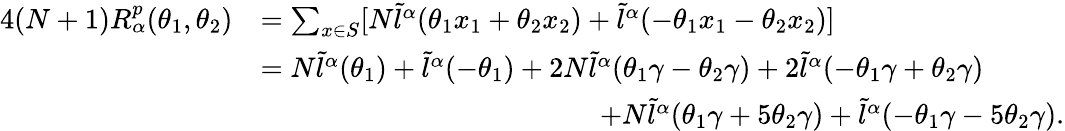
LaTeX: \begin{array}{rl}{4(N+1)R_{\alpha}^{p}(\theta_{1},\theta_{2})}&{=\sum_{x\in S}[N\tilde{l}^{\alpha}(\theta_{1}x_{1}+\theta_{2}x_{2})+\tilde{l}^{\alpha}(-\theta_{1}x_{1}-\theta_{2}x_{2})]}\\ &{=N\tilde{l}^{\alpha}(\theta_{1})+\tilde{l}^{\alpha}(-\theta_{1})+2N\tilde{l}^{\alpha}(\theta_{1}\gamma-\theta_{2}\gamma)+2\tilde{l}^{\alpha}(-\theta_{1}\gamma+\theta_{2}\gamma)}\\ &{\quad\quad\quad\quad\quad\quad\quad\quad\quad\quad\quad\quad+N\tilde{l}^{\alpha}(\theta_{1}\gamma+5\theta_{2}\gamma)+\tilde{l}^{\alpha}(-\theta_{1}\gamma-5\theta_{2}\gamma).}\end{array}